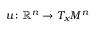
u \colon \mathbb { R } ^ { n } \rightarrow T _ { x } M ^ { n }